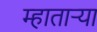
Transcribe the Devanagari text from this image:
म्हातार्‍या